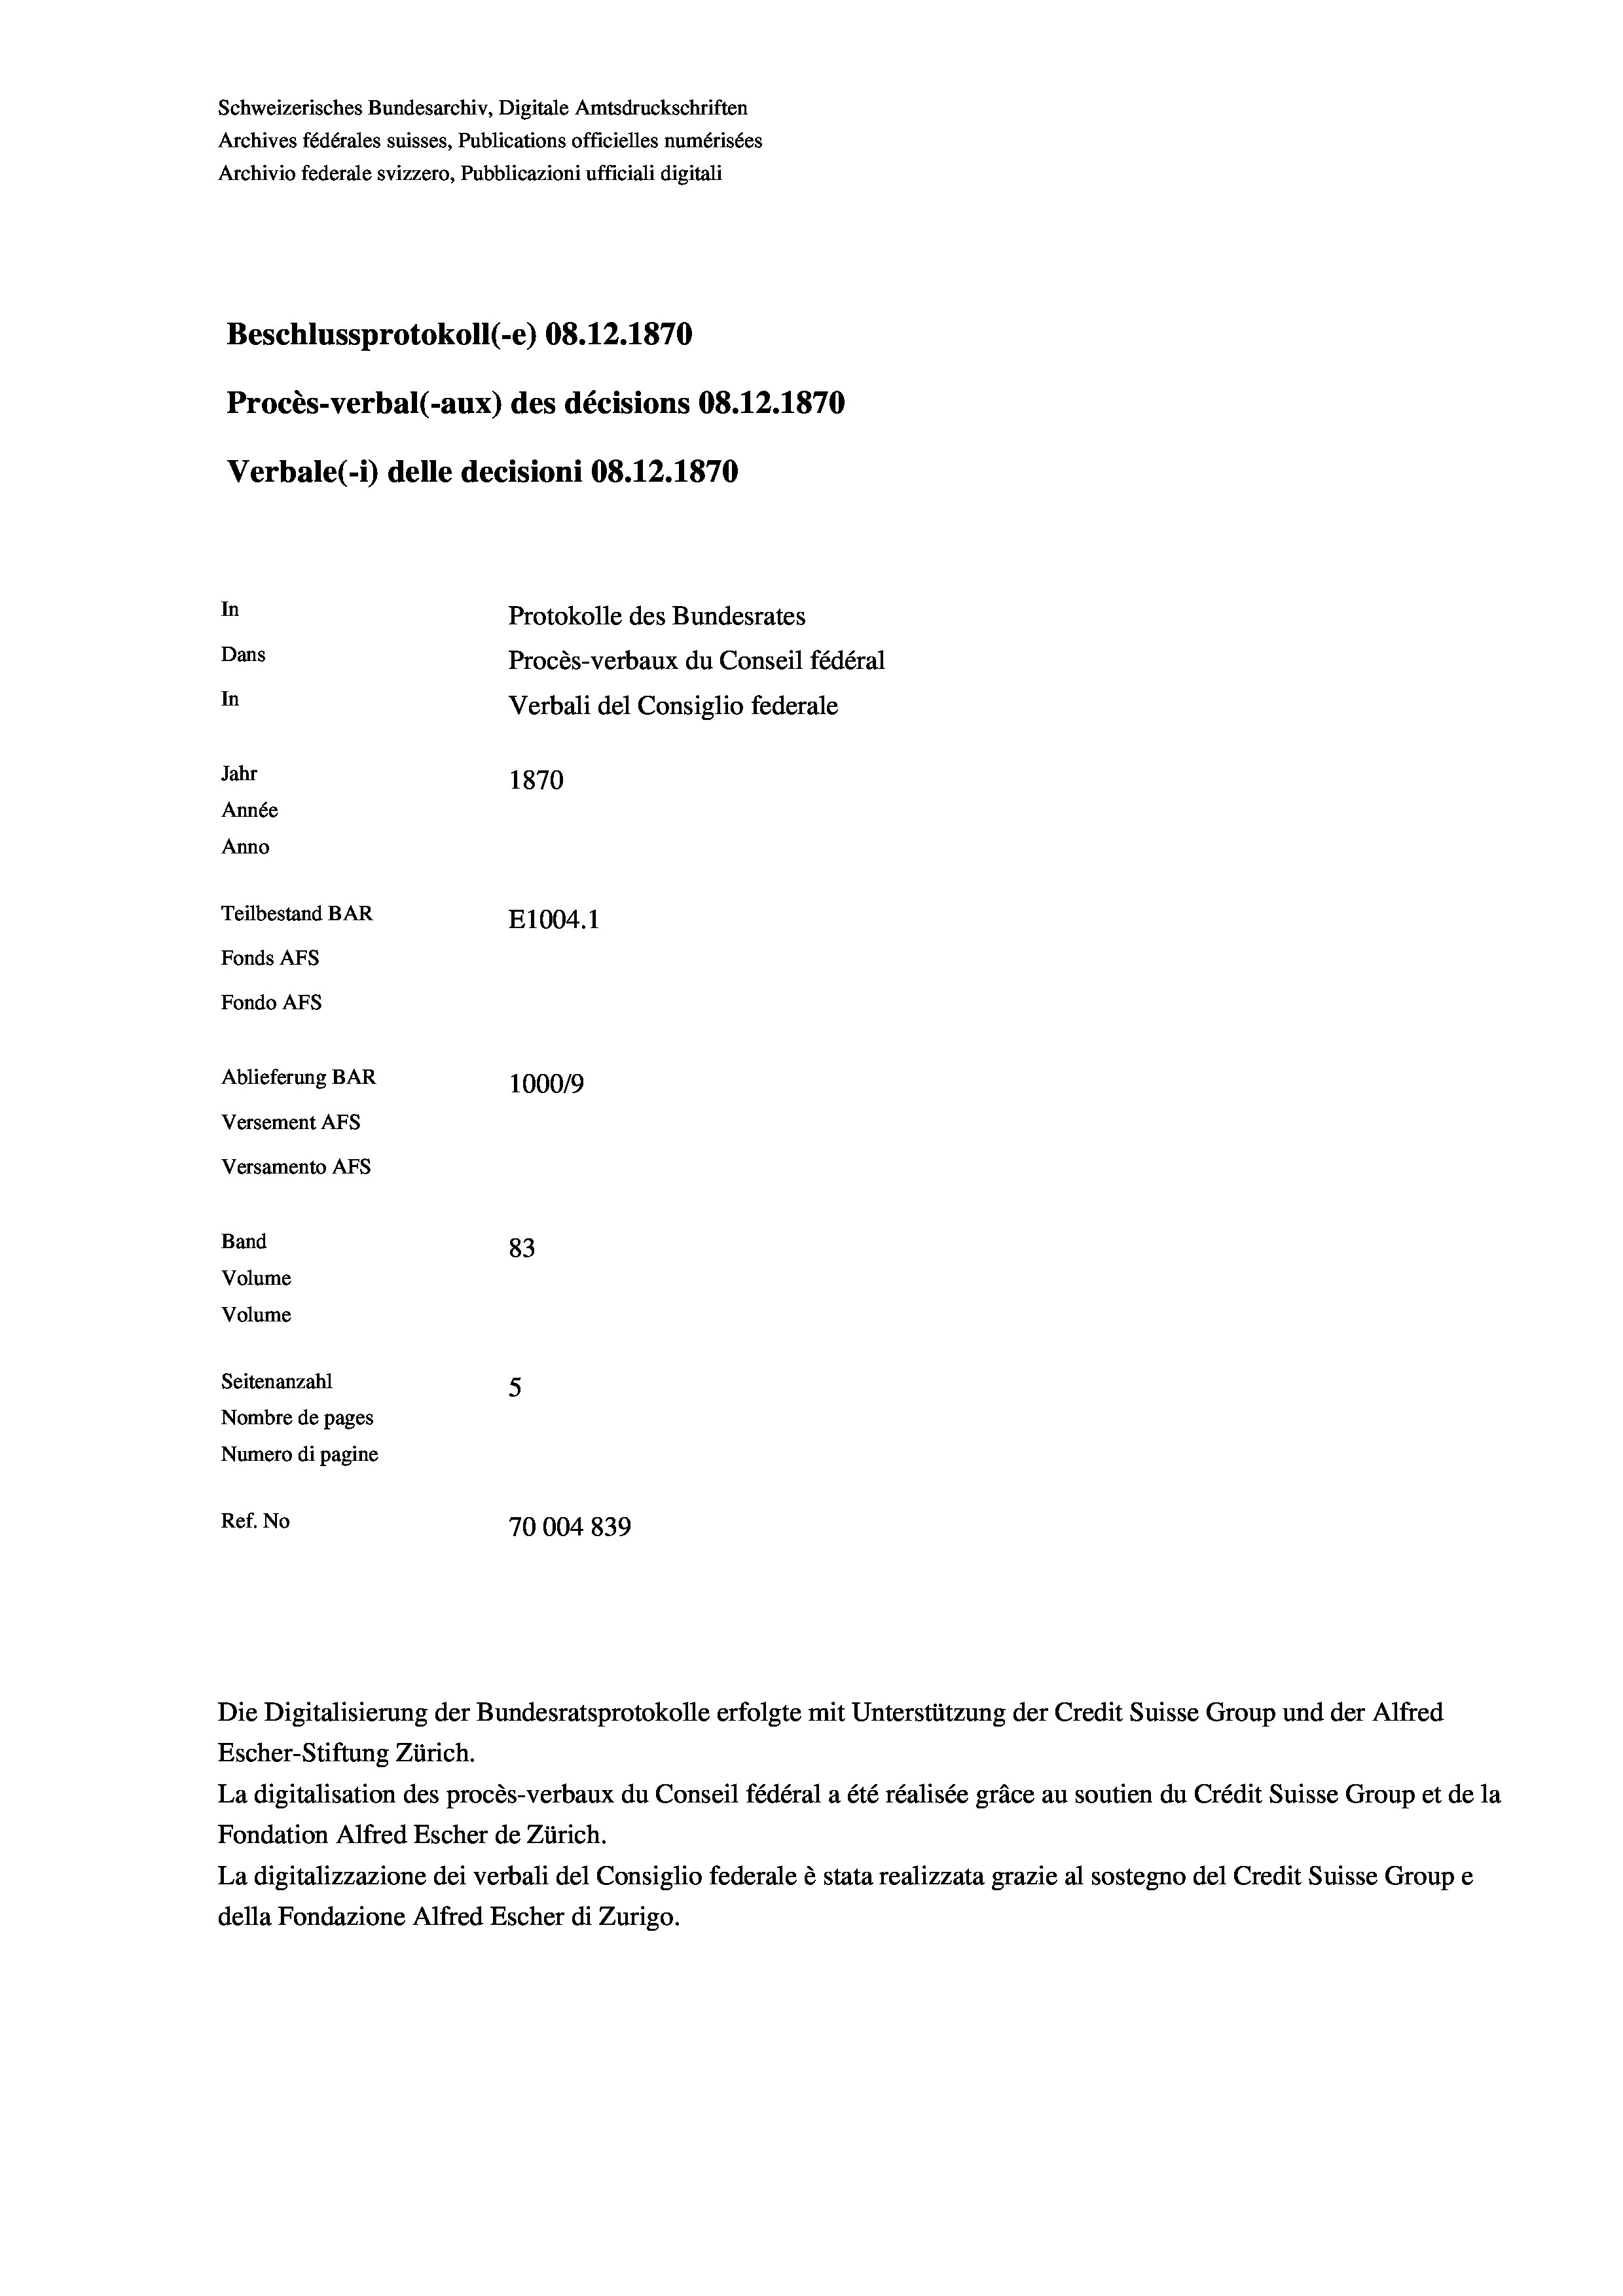
Schweizerisches Bundesarchiv, Digitale Amtsdruckschriften
Archives fédérales suisses, Publications officielles numérisées
Archivio federale svizzero, Pubblicazioni ufficiali digitali
Beschlussprotokoll (-e) 08.12.1870
Procès-verbal (-aux) des décisions 08.12.1870
Verbale(-*) delle decisioni 08.12.1870
In
Protokolle des Bundesrates
Dans
Procès-verbaux du Conseil fédéral
In
Verbali del Consiglio federale
Jahr
1870
Année
Anno
Teilbestand BAR
E1004.1
Fonds Afs
Fondo AFs
Ablieferung BAR
100019
Versement Abs
Versamento Afs
Band
83
Volume
Volume
Seitenanzahl
5
Nombre de pages
Numero di pagine
Ref. No
70004839

Escher-Stiftung Zürich.
La digitalisation des procès-verbaux du Conseil fédéral a été réalisée gräce au soutien du Crédit Suisse Group et de la
Fondation Alfred Escher de Zürich.
La digitalizzazione dei verbali del Consiglio federale è stata realizzata grazie al sostegno del Credit Suisse Groupe
della Fondazione Alfred Escher di Zurigo.

Die Digitalisierung der Bundesratsprotokolle erfolgte mit Unterstützung der Credit Suisse Group und der Alfred